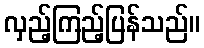
လှည့်ကြည့်ပြန်သည်။